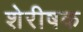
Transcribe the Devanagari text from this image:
शेरीषक